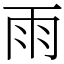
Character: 雨